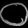
Digit: ၀